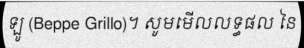
ឡូ (Beppe Grillo)។ សូមមើលលទ្ធផល នៃ